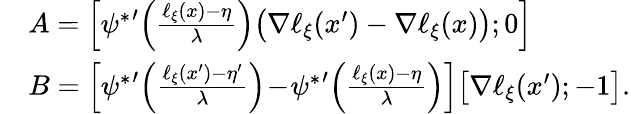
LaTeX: \begin{array}{rl}&{A=\Big[{\psi^{*}}^{\prime}\Big(\frac{\ell_{\xi}(x)-\eta}{\lambda}\Big)\big(\nabla\ell_{\xi}(x^{\prime})-\nabla\ell_{\xi}(x)\big);0\Big]}\\ &{B=\Big[{\psi^{*}}^{\prime}\Big(\frac{\ell_{\xi}(x^{\prime})-\eta^{\prime}}{\lambda}\Big)\! -\! {\psi^{*}}^{\prime}\Big(\frac{\ell_{\xi}(x)-\eta}{\lambda}\Big)\Big]\big[\nabla\ell_{\xi}(x^{\prime});-1\big].}\end{array}